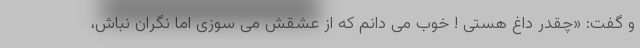
و گفت: «چقدر داغ هستی ! خوب می دانم که از عشقش می سوزی اما نگران نباش،